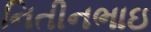
નિતીનભાઇ